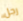
رجل